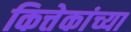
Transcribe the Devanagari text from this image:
कित्तेकांच्या